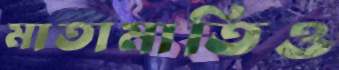
মাতামাতিও